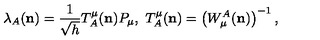
{ } \lambda _ { A } ( { \bf n } ) = \frac { 1 } { \sqrt { h } } T _ { A } ^ { \mu } ( { \bf n } ) P _ { \mu } , \ T _ { A } ^ { \mu } ( { \bf n } ) = \left( W _ { \mu } ^ { A } ( { \bf n } ) \right) ^ { - 1 } ,